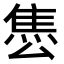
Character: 𨿈